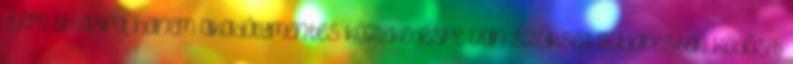
›Nem tiltásra, hanem akadálymentes közlekedésre van szükség Budapesten Ködösít